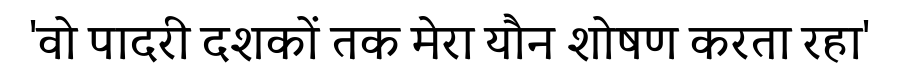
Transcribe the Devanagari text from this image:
'वो पादरी दशकों तक मेरा यौन शोषण करता रहा'